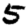
Digit: 5